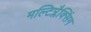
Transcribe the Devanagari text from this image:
मल्टिप्लैक्सिंग